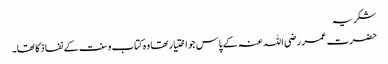
شکریہ
حضرت عمر رضی اللہ عنہ کے پاس جو اختیار تھا وہ کتاب وسنت کے نفاذ کا تھا۔